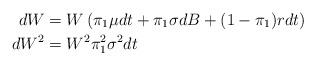
LaTeX: \begin{align*}dW&=W\left(\pi_1\mu dt+\pi_1\sigma dB + (1-\pi_1)rdt\right)\\dW^2&=W^2\pi_1^2\sigma^2 dt \end{align*}